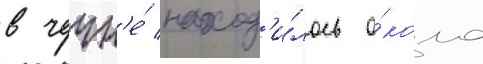
в чечн'е́ наход'и́лось о́коло